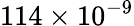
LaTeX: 114\times 10^{-9}